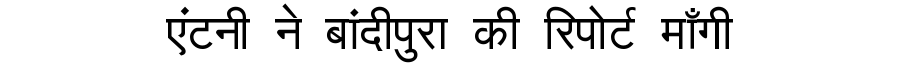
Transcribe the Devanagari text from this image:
एंटनी ने बांदीपुरा की रिपोर्ट माँगी